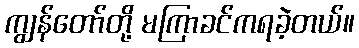
ကျွန်တော်တို့ မကြာခင်ကရခဲ့တယ်။